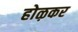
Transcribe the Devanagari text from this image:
होऴकर